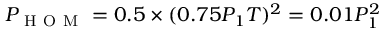
P _ { \mathrm { ~ H ~ O ~ M ~ } } = 0 . 5 \times ( 0 . 7 5 P _ { 1 } T ) ^ { 2 } = 0 . 0 1 P _ { 1 } ^ { 2 }